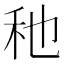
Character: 䄬